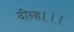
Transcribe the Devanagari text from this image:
दीन्‍ह।।।